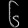
Digit: ၆